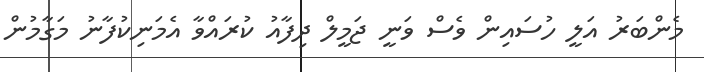
މެންބަރު އަލީ ހުސައިން ވެސް ވަނީ ޖަމީލް ދިފާއު ކުރައްވާ އެމަނިކުފާނު މަގާމުން